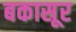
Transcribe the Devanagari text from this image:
बकासूर